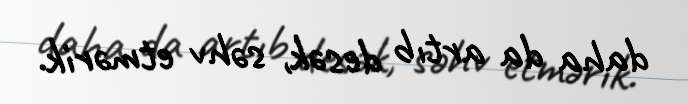
daha da artıb desək, səhv etmərik.